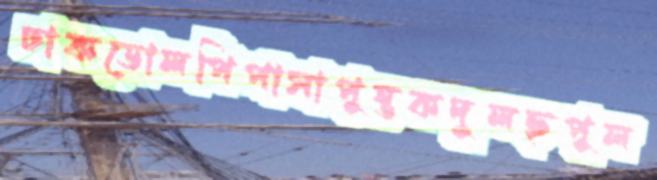
ঢাকডোলপিপাসাপুস্তকদুলছপুল